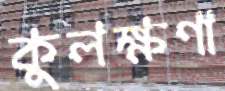
কুলক্ষণা